Report on the working of the Ranchi Indian Mental Hospital, Kanke, in Bihar and Orissa - 1930-1940
Year: 1930
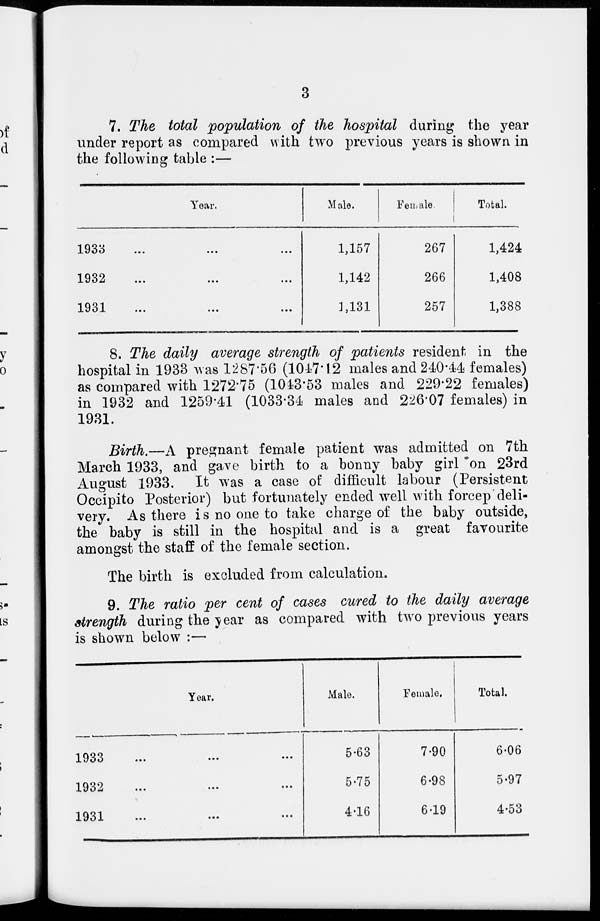
3
7. The total population of the hospital during the year
under report as compared with two previous years is shown in
the following table :—
Year.
1933 ... ... ...
1932 ... ... ...
1931 ... ... ...
Male.
1,157
1,142
1,131
Female.
267
266
257
Total.
1,424
1,408
1,388
8. The daily average strength of patients resident in the
hospital in 1933 was 1287.56 (1047.12 males and 240.44 females)
as compared with 1272.75 (1043.53 males and 229.22 females)
in 1932 and 1259.41 (1033.34 males and 226.07 females) in
1931.
Birth.—A pregnant female patient was admitted on 7th
March 1933, and gave birth to a bonny baby girl on 23rd
August 1933. It was a case of difficult labour (Persistent
Occipito Posterior) but fortunately ended well with forcep deli-
very. As there is no one to take charge of the baby outside,
the baby is still in the hospital and is a great favourite
amongst the staff of the female section.
The birth is excluded from calculation.
9. The ratio per cent of cases cured to the daily average
strength during the year as compared with two previous years
is shown below :—
Year.
1933 ... ... ...
1932 ... ... ...
1931 ... ... ...
Male.
5.63
5.75
4.16
Female.
7.90
6.98
6.19
Total.
6.06
5.97
4.53